Report on vaccination in Madras 1922-1929 - 1922-1929
Year: 1922
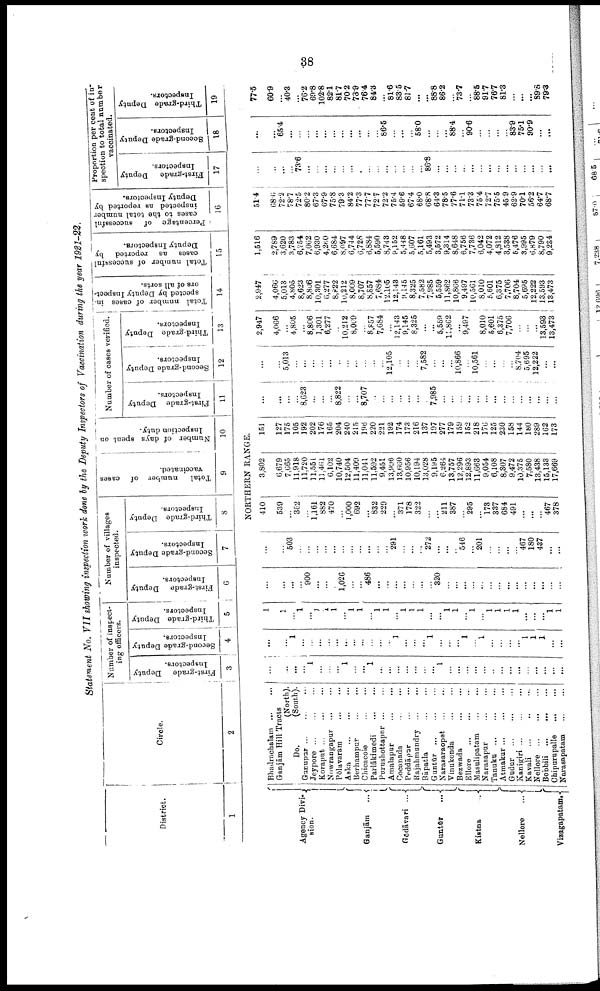
38
Statement No. VII showing inspection work done by the Deputy Inspectors of Vaccination during the year 1921-22.
District.
1
Agency Divi¬
sion.
Ganjām
...
Gōdāvari ...
Guntūr
...
Kistna ...
Nellore
...
Vizagapatam.
Circle.
2
Bhadrachalam ... ...
Ganjām Hill Tracts
(North).
Do.
(South).
Gunupur ... ... ...
Jeypore ... ... ...
Koraput
...
...
...
Nowrangapur ... ...
Pōlavaram
...
...
Aska
...
...
...
Berhampur
...
...
Chicacole ... ...
Parlākimedi
...
...
Purushottapur...
...
Amalapur
...
...
Cocanada ... ...
Peddāpur ... ...
Rajahmundry ... ...
Bāpatla
...
...
Guntūr ... ... ...
Narasaraopet
...
...
Vinukonda ... ...
Bezwada ... ...
Ellore
...
...
...
Masulipatam ... ...
Narasapur
...
...
Tanuku
...
...
...
Atmakur
...
...
...
Gudur
...
...
...
Kanigiri ... ... ...
Kavali
...
...
...
Nellore
...
...
...
Bobbili
...
...
...
Chipurupalle
...
...
Narasapatam
...
...
Number of inspect
ing officers.
First-grade
Deputy
Inspectors.
3
Second-grade Deputy
Inspectors.
4
Third-grade Deputy
Inspectors.
5
Number of villages
inspected.
First-grade
Deputy
Inspectors.
6
Second-grade Deputy
Inspectors.
7
Third-grade Deputy
Inspectors.
8
Total
number of cases
vaccinated.
9
Number of days spent on
Inspection duty.
10
Number of cases verified.
First-grade Deputy
Inspectors.
11
Second-grade Deputy
Inspectors.
12
Third-grade Deputy
Inspectors.
13
Total number of cases in¬
spected by Deputy Inspect¬
ore of all sorts.
14
Total number of successful
cases
as
reported
by
Deputy Inspectors.
15
Percentage of
successful
cases to the total number
inspected as reported by
Deputy Inspectors.
16
Proportion per cent of in
spection to total number
vaccinated.
First-grade
Deputy
Inspectors.
17
Second-grade Deputy
Inspectors.
18
Third-grade Deputy
Inspectors.
19
NORTHERN RANGE.
...
...
...
...
1
...
...
...
1
...
...
1
...
...
...
...
...
...
...
1
...
...
...
...
...
...
...
...
...
...
...
...
...
...
...
...
1
...
...
...
...
...
...
...
...
...
...
...
1
...
...
...
1
...
...
...
1
...
1
...
...
...
...
1
1
1
...
...
...
...
...
...
...
...
...
...
...
...
...
...
...
...
...
...
...
...
...
...
...
...
...
...
...
...
...
...
...
...
...
...
...
...
...
...
...
900
...
...
... 1,026
...
... 486
...
...
...
...
...
...
...
320
...
...
...
...
...
...
...
...
...
...
...
...
...
...
...
...
503
...
...
...
...
...
...
...
... ...
...
...
291
...
...
...
272
...
...
...
546
...
201
...
...
...
...
467
180
437
...
...
410
539
...
362
...
1,161
882
470
...
1,000
692
...
832
229
...
371
178
322
...
...
211
387
...
295
...
173
337
681
491
...
...
...
467
378
3,802
6,679
7,665
11,918
11,720
11,551
11,461
6,102
10,740
12,504
11,409
11,041
11,592
9,451
13,996
13,660
10,956
10,194
13,028
9,195
6,264
13,757
12,296
12,893
11,663
9,054
6,108
8,307
9,472
10,375
7,580
13,438
15,133
17,669
151
127
175
105
192
202
176
165
204
240
215
196
220
221
192
174
173
216
137
197
277
179
159
152
218
176
125
230
158
144
180
289
162
173
...
...
...
...
8,623
...
...
...
8,822
...
...
8,707
...
...
...
...
...
...
...
7,985
...
...
...
...
...
...
...
...
...
...
...
...
...
...
...
...
5,013
...
...
...
...
...
...
...
...
...
...
...
12,105
...
...
...
7,582
...
...
...
10,866
...
10,561
...
...
...
...
8,704
5,695
12,222
...
...
2,947
4,066
...
4,805
...
8,806
1,301
6,277
...
10,212
8,009
...
8,857
7,684
...
12,143
9,145
8,325
...
...
5,559
11,862
...
9,497
...
8,010
5,601
6,375
7,706
...
...
...
13,593
13,473
2,947
4,066
5,013
4,805
8,623
8,806
10,301
6,277
8,822
10,212
8,009
8,707
8,857
7,684
12,105
12,143
9,145
8,325
7,582
7,985
5,559
11,862
10,866
9,497
10,561
8,010
5,601
6,375
7,706
8,704
5,695
12,222
13,593
13,473
1,516
2,789
3,620
3,783
6,254
7,062
6,930
4,260
6,684
8,097
6,744
6,728
6,884
5,590
8,743
9,152
5,448
5,607
5,161
5,493
3,572
9,314
8,648
6,756
7,736
6,042
4,072
4,812
3,538
5,476
3,995
6,879
8,790
9,234
51.4
68.6
72.2
78.7
72.5
80.2
67.3
67.9
75.8
79.3
84.2
77.3
77.7
72.7
72.2
75.4
59.6
67.4
68.0
68.8
64.3
78.5
77.6
71.1
73.3
75.4
72.7
75.5
45.9
62.9
70.1
56.2
64.7
68.7
...
...
...
...
73.6
...
...
...
...
...
...
...
...
...
...
...
...
...
... 86.8
...
...
...
...
...
...
...
...
...
...
...
...
...
...
...
...
65.4
...
...
...
...
...
...
...
...
...
...
...
86.5
...
...
...
58.0
...
...
... 88.4
... 90.6
...
...
...
...
83.9
75.1
90.9
...
...
77.5
60.9
... 40.3
... 76.2
69.8
102.8
82.1
81.7
70.2
78.9
76.4
84.3
...
81.6
83.5
81.7
...
...
88.8
86.2
... 73.7
... 88.5
91.7
76.7
81.3
...
...
... 89.8
79.3